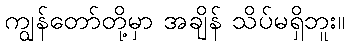
ကျွန်တော်တို့မှာ အချိန် သိပ်မရှိဘူး။